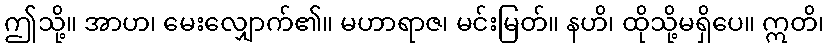
ဤသို့။ အာဟ၊ မေးလျှောက်၏။ မဟာရာဇ၊ မင်းမြတ်။ နဟိ၊ ထိုသို့မရှိပေ။ ဣတိ၊